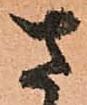
さ